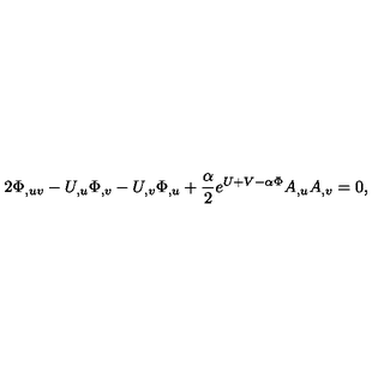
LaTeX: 2 \Phi _ { , u v } - U _ { , u } \Phi _ { , v } - U _ { , v } \Phi _ { , u } + { \frac { \alpha } { 2 } } e ^ { U + V - \alpha \Phi } A _ { , u } A _ { , v } = 0 ,